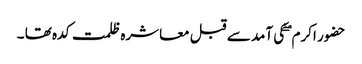
حضور اکرم ۖ کی آمد سے قبل معاشرہ ظلمت کدہ تھا ۔